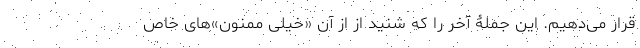
قرار می‌دهیم. این جملۀ آخر را که شنید از از آن «خیلی ممنون»‌های خاص